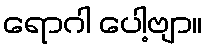
ရောဂါ ပေါ့ဗျာ။